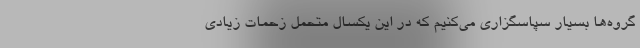
گروه‌ها بسیار سپاسگزاری می‌کنیم که در این یکسال متحمل زحمات زیادی